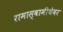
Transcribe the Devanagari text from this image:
रामास्वामीथेवर